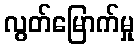
လွတ်မြောက်မှု